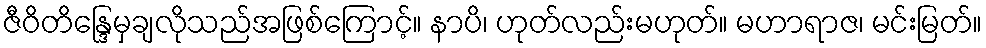
ဇီဝိတိန္ဒြေမှချလိုသည်အဖြစ်ကြောင့်။ နာပိ၊ ဟုတ်လည်းမဟုတ်။ မဟာရာဇ၊ မင်းမြတ်။